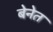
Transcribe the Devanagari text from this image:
बेनेत